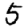
Digit: 5